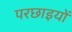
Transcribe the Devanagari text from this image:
परछाइयों